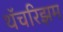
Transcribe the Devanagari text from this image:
थॅचरिझम